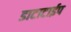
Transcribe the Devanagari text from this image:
डाटाटाईप